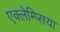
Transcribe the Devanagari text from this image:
एक्लेम्प्सिया